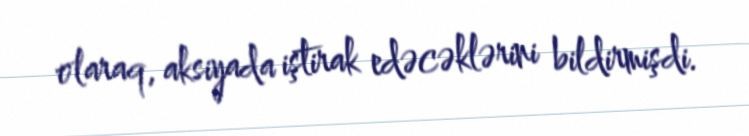
olaraq, aksiyada iştirak edəcəklərini bildirmişdi.